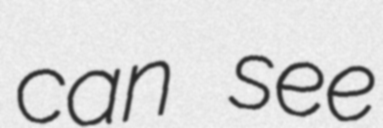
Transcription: can see